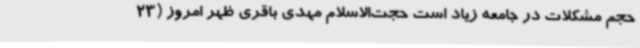
حجم مشکلات در جامعه زیاد است حجت‌الاسلام مهدی باقری ظهر امروز (23